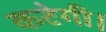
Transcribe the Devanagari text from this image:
कटेगी।